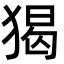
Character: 猲